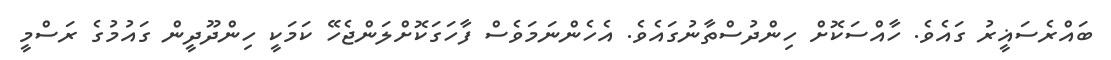
ބައްރެސަޣީރު ގައެވެ. ހާއްސަކޮށް ހިންދުސްތާނުގައެވެ. އެހެންނަމަވެސް ފާހަގަކޮށްލަންޖެހޭ ކަމަކީ ހިންދޫދީން ގައުމުގެ ރަސްމީ